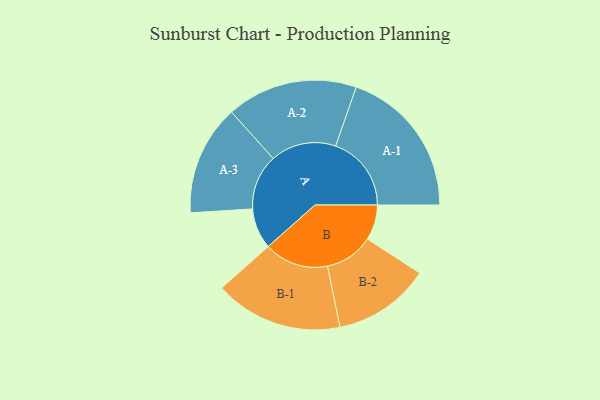
{"axis": {"x": "Segment", "y": "Value"}, "legend": ["", "A", "B"], "data": [{"x": "A", "y": 159, "type": ""}, {"x": "B", "y": 138, "type": ""}, {"x": "A-1", "y": 296, "type": "A"}, {"x": "A-2", "y": 256, "type": "A"}, {"x": "A-3", "y": 216, "type": "A"}, {"x": "B-1", "y": 251, "type": "B"}, {"x": "B-2", "y": 190, "type": "B"}]}